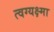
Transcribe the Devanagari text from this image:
त्वग्यक्ष्मा